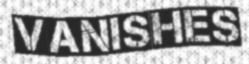
VANISHES